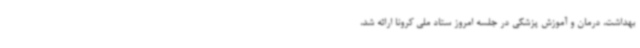
بهداشت، درمان و آموزش پزشکی در جلسه امروز ستاد ملی کرونا ارائه شد،